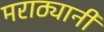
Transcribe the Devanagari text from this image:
मराठ्यानी